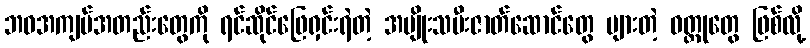
ဘဝအကျပ်အတည်းတွေကို ရင်ဆိုင်ဖြေရှင်းရဲတဲ့ အမျိုးသမီးဇာတ်ဆောင်တွေ များတဲ့ ဝတ္ထုတွေ ဖြစ်လို့